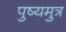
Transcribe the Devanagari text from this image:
पुष्यमुत्र